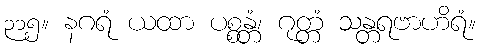
၃၁၅။ နဂရံ ယထာ ပစ္စန္တံ၊ ဂုတ္တံ သန္တရဗာဟိရံ။